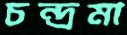
চন্দ্রমা